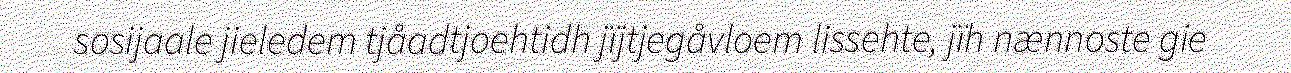
sosijaale jieledem tjåadtjoehtidh jïjtjegåvloem lissehte, jïh nænnoste gie